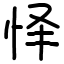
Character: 怿